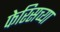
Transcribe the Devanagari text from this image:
फेरिसच्या